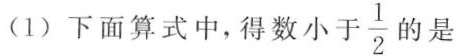
(1)下面算式中，得数小于\frac{1}{2}的是